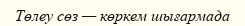
Төлеу сөз — көркем шығармада